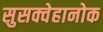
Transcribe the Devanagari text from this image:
सुसक्वेहानोक